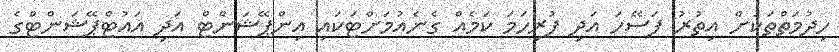
ހިދުމަތްތަކަށް އިތުރު ފަސޭހަ އަދި ފުރިހަމަ ކަމެއް ގެނެއުމަށްޓަކައި އިންޕޭޝަންޓް އަދި އައުޓްޕޭޝަންޓްގެ